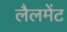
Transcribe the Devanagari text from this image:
लैलमेंट